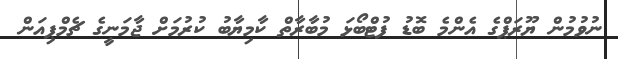
ނުވުމުން ޔޫރަޕްގެ އެންމެ ބޮޑު ފުޓްބޯޅަ މުބާރާތް ކާމިޔާބު ކުރުމަށް ޖާމަނީގެ ޗެމްޕިއަން